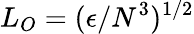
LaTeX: L_{O}=(\epsilon/N^{3})^{1/2}